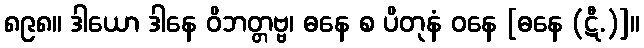
၈၉၈။ ဒါယော ဒါနေ ဝိဘတ္တဗ္ဗ၊ ဓနေ စ ပိတုနံ ဝနေ [ဓနေ (ဋီ.)]။